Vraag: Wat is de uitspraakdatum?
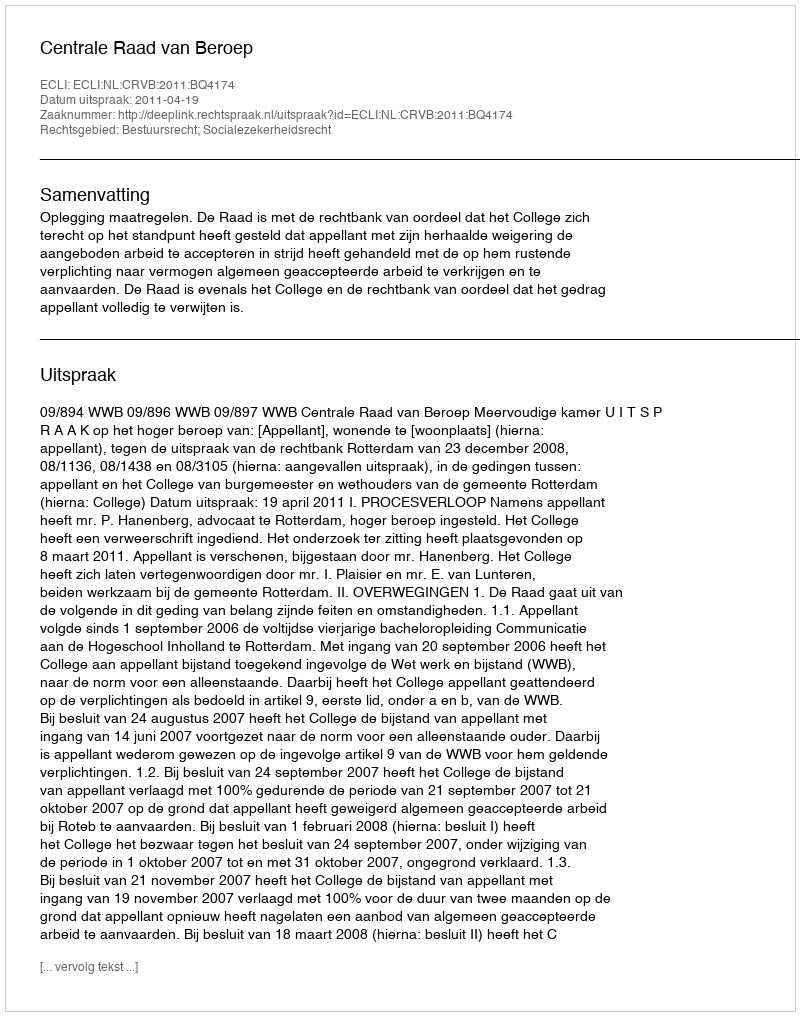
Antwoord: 2011-04-19